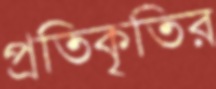
প্রতিকৃতির